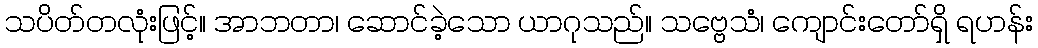
သပိတ်တလုံးဖြင့်။ အာဘတာ၊ ဆောင်ခဲ့သော ယာဂုသည်။ သဗ္ဗေသံ၊ ကျောင်းတော်ရှိ ရဟန်း